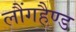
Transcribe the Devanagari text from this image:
लौंगहैण्ड